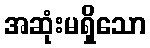
အဆုံးမရှိသော